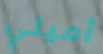
أميلي